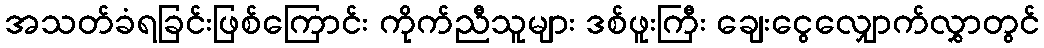
အသတ်ခံရခြင်းဖြစ်ကြောင်း ကိုက်ညီသူများ ဒစ်ဖူးကြီး ချေးငွေလျှောက်လွှာတွင်